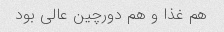
هم غذا و هم دورچین عالی بود